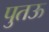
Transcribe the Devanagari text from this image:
पुतऊ